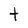
Character: t